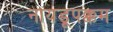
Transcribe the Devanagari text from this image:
नायडूपक्कम